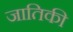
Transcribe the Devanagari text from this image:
जातिकी